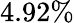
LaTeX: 4.92\%